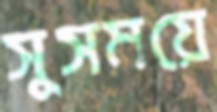
সুসময়ে